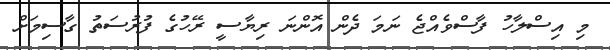
މި އިސްލާހު ފާސްވެއްޖެ ނަމަ ދެން އޮންނަ ރިޔާސީ ރޭހުގެ ފުރުސަތު ގާސިމަށް